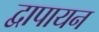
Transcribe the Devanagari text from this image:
द्वापायन